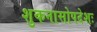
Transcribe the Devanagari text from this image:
शुकनासोपदेशः